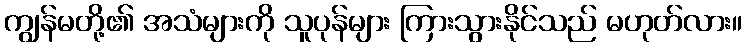
ကျွန်မတို့၏ အသံများကို သူပုန်များ ကြားသွားနိုင်သည် မဟုတ်လား။